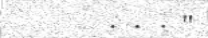
. . . "